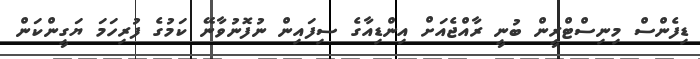
ޑިފެންސް މިނިސްޓްރީން ބުނީ ރާއްޖެއަށް އިންޑިއާގެ ސިފައިން ނުފޮނުވާނޭ ކަމުގެ ފުރިހަމަ ޔަގީންކަން